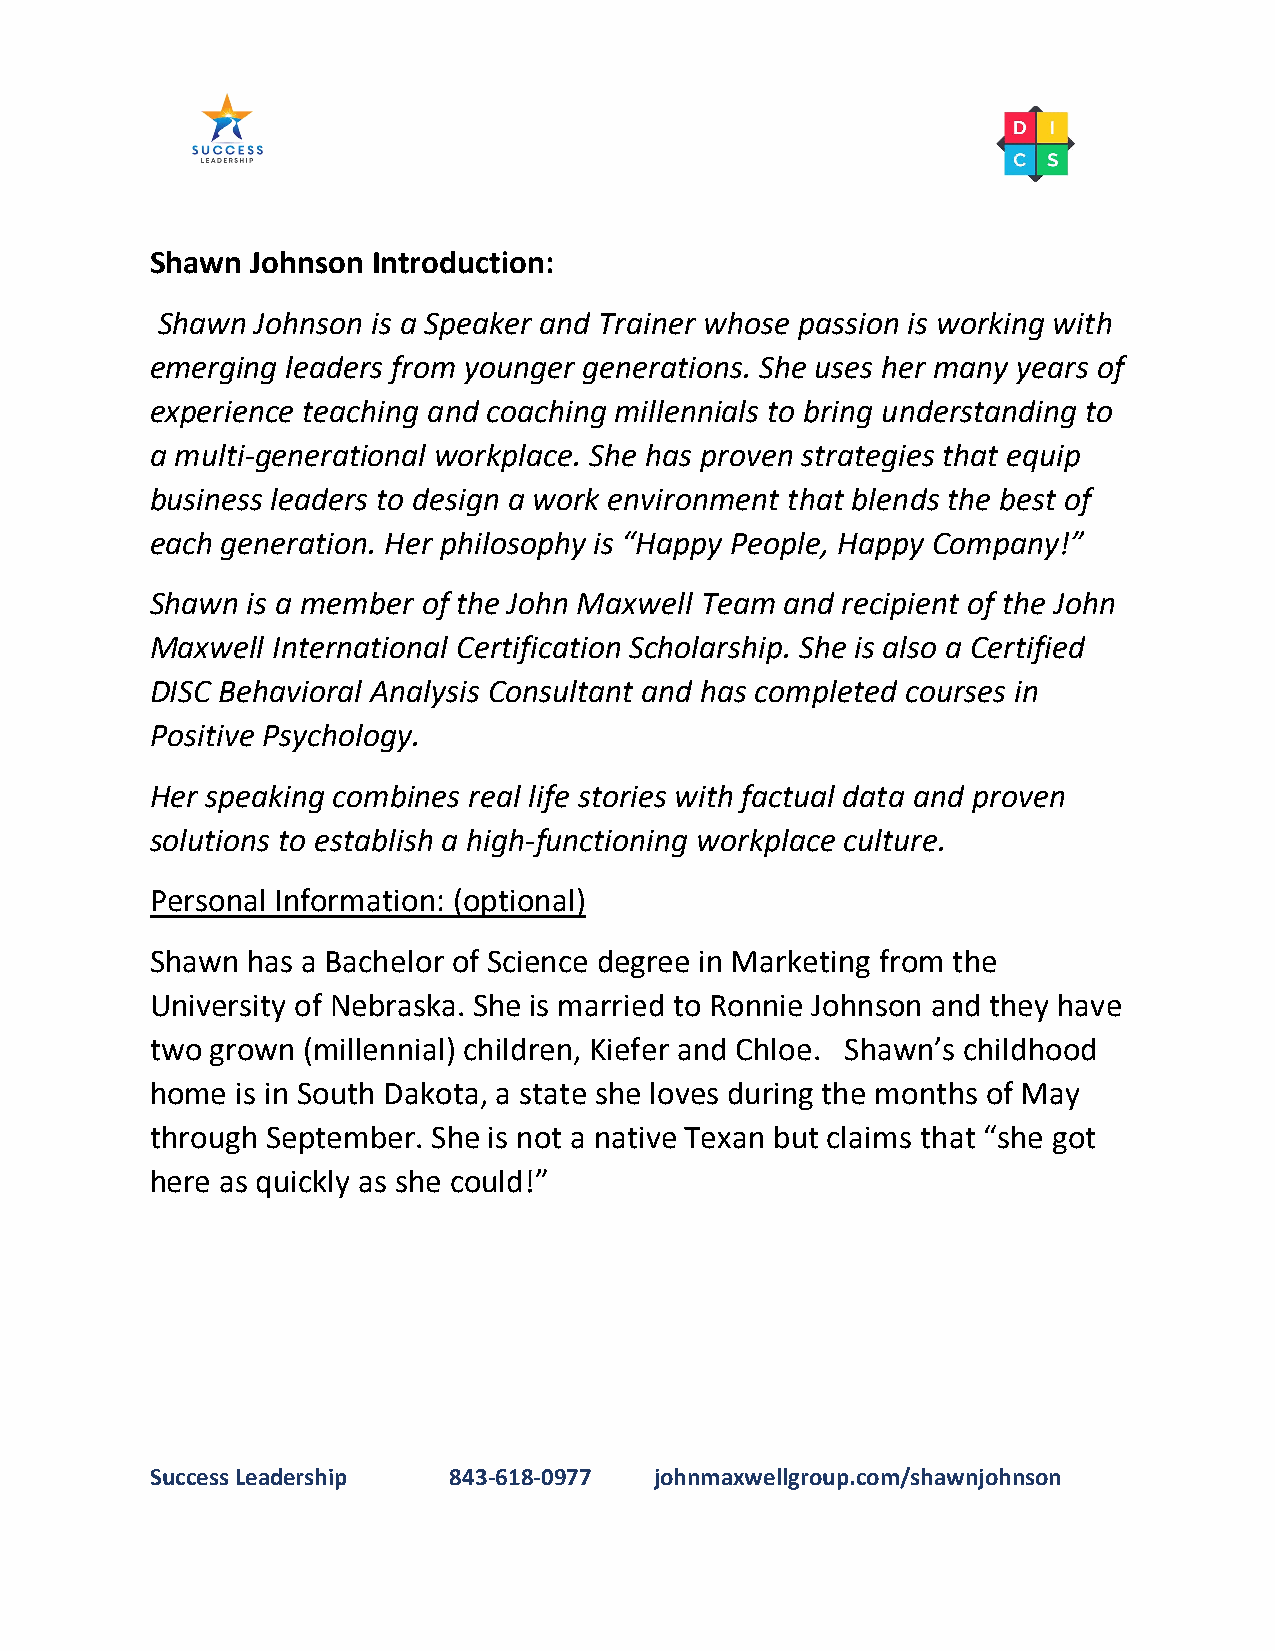
Shawn  Johnson Introduction:
 Shawn  Johnson is a Speaker and Trainer whose passion is working with
 emerging leaders from younger generations. She uses her many years of
 experience teaching and coaching millennials to bring understanding to
 a multi-generational workplace. She has proven strategies that equip
 business leaders to design a work environment that blends the best of
 each generation. Her philosophy is “Happy People, Happy Company!”
 Shawn is a member of the John Maxwell Team and recipient of the John
 Maxwell International Certification Scholarship. She is also a Certified
 DISC Behavioral Analysis Consultant and has completed courses in
 Positive Psychology.
 Her speaking combines real life stories with factual data and proven
 solutions to establish a high-functioning workplace culture.
 Personal Information: (optional)
 Shawn has a Bachelor of Science degree in Marketing from the
 University of Nebraska. She is married to Ronnie Johnson and they have
 two grown (millennial) children, Kiefer and Chloe. Shawn’s childhood
 home  is in South Dakota, a state she loves during the months of May
 through September. She is not a native Texan but claims that “she got
 here as quickly as she could!”
 Success Leadership  843-618-0977 johnmaxwellgroup.com/shawnjohnson